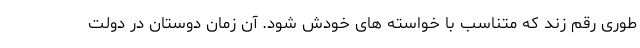
طوری رقم زند که متناسب با خواسته های خودش شود. آن زمان دوستان در دولت